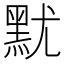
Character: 𪐤